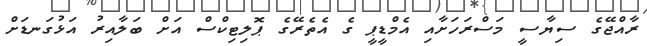
ރާއްޖޭގެ ސިޔާސީ މަސްރަހަށާއި އެމްޑީޕީ ގެ އެތެރޭގެ ޕޮލިޓިކްސް އަށް ބަލާއިރު އަޅުގަނޑަށް